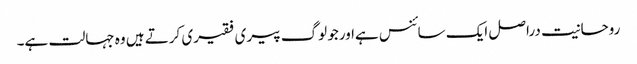
روحانیت دراصل ایک سائنس ہےاورجو لوگ پیری فقیری کرتے ہیں وہ جہالت ہے۔